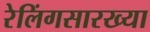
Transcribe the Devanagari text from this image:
रेलिंगसारख्या